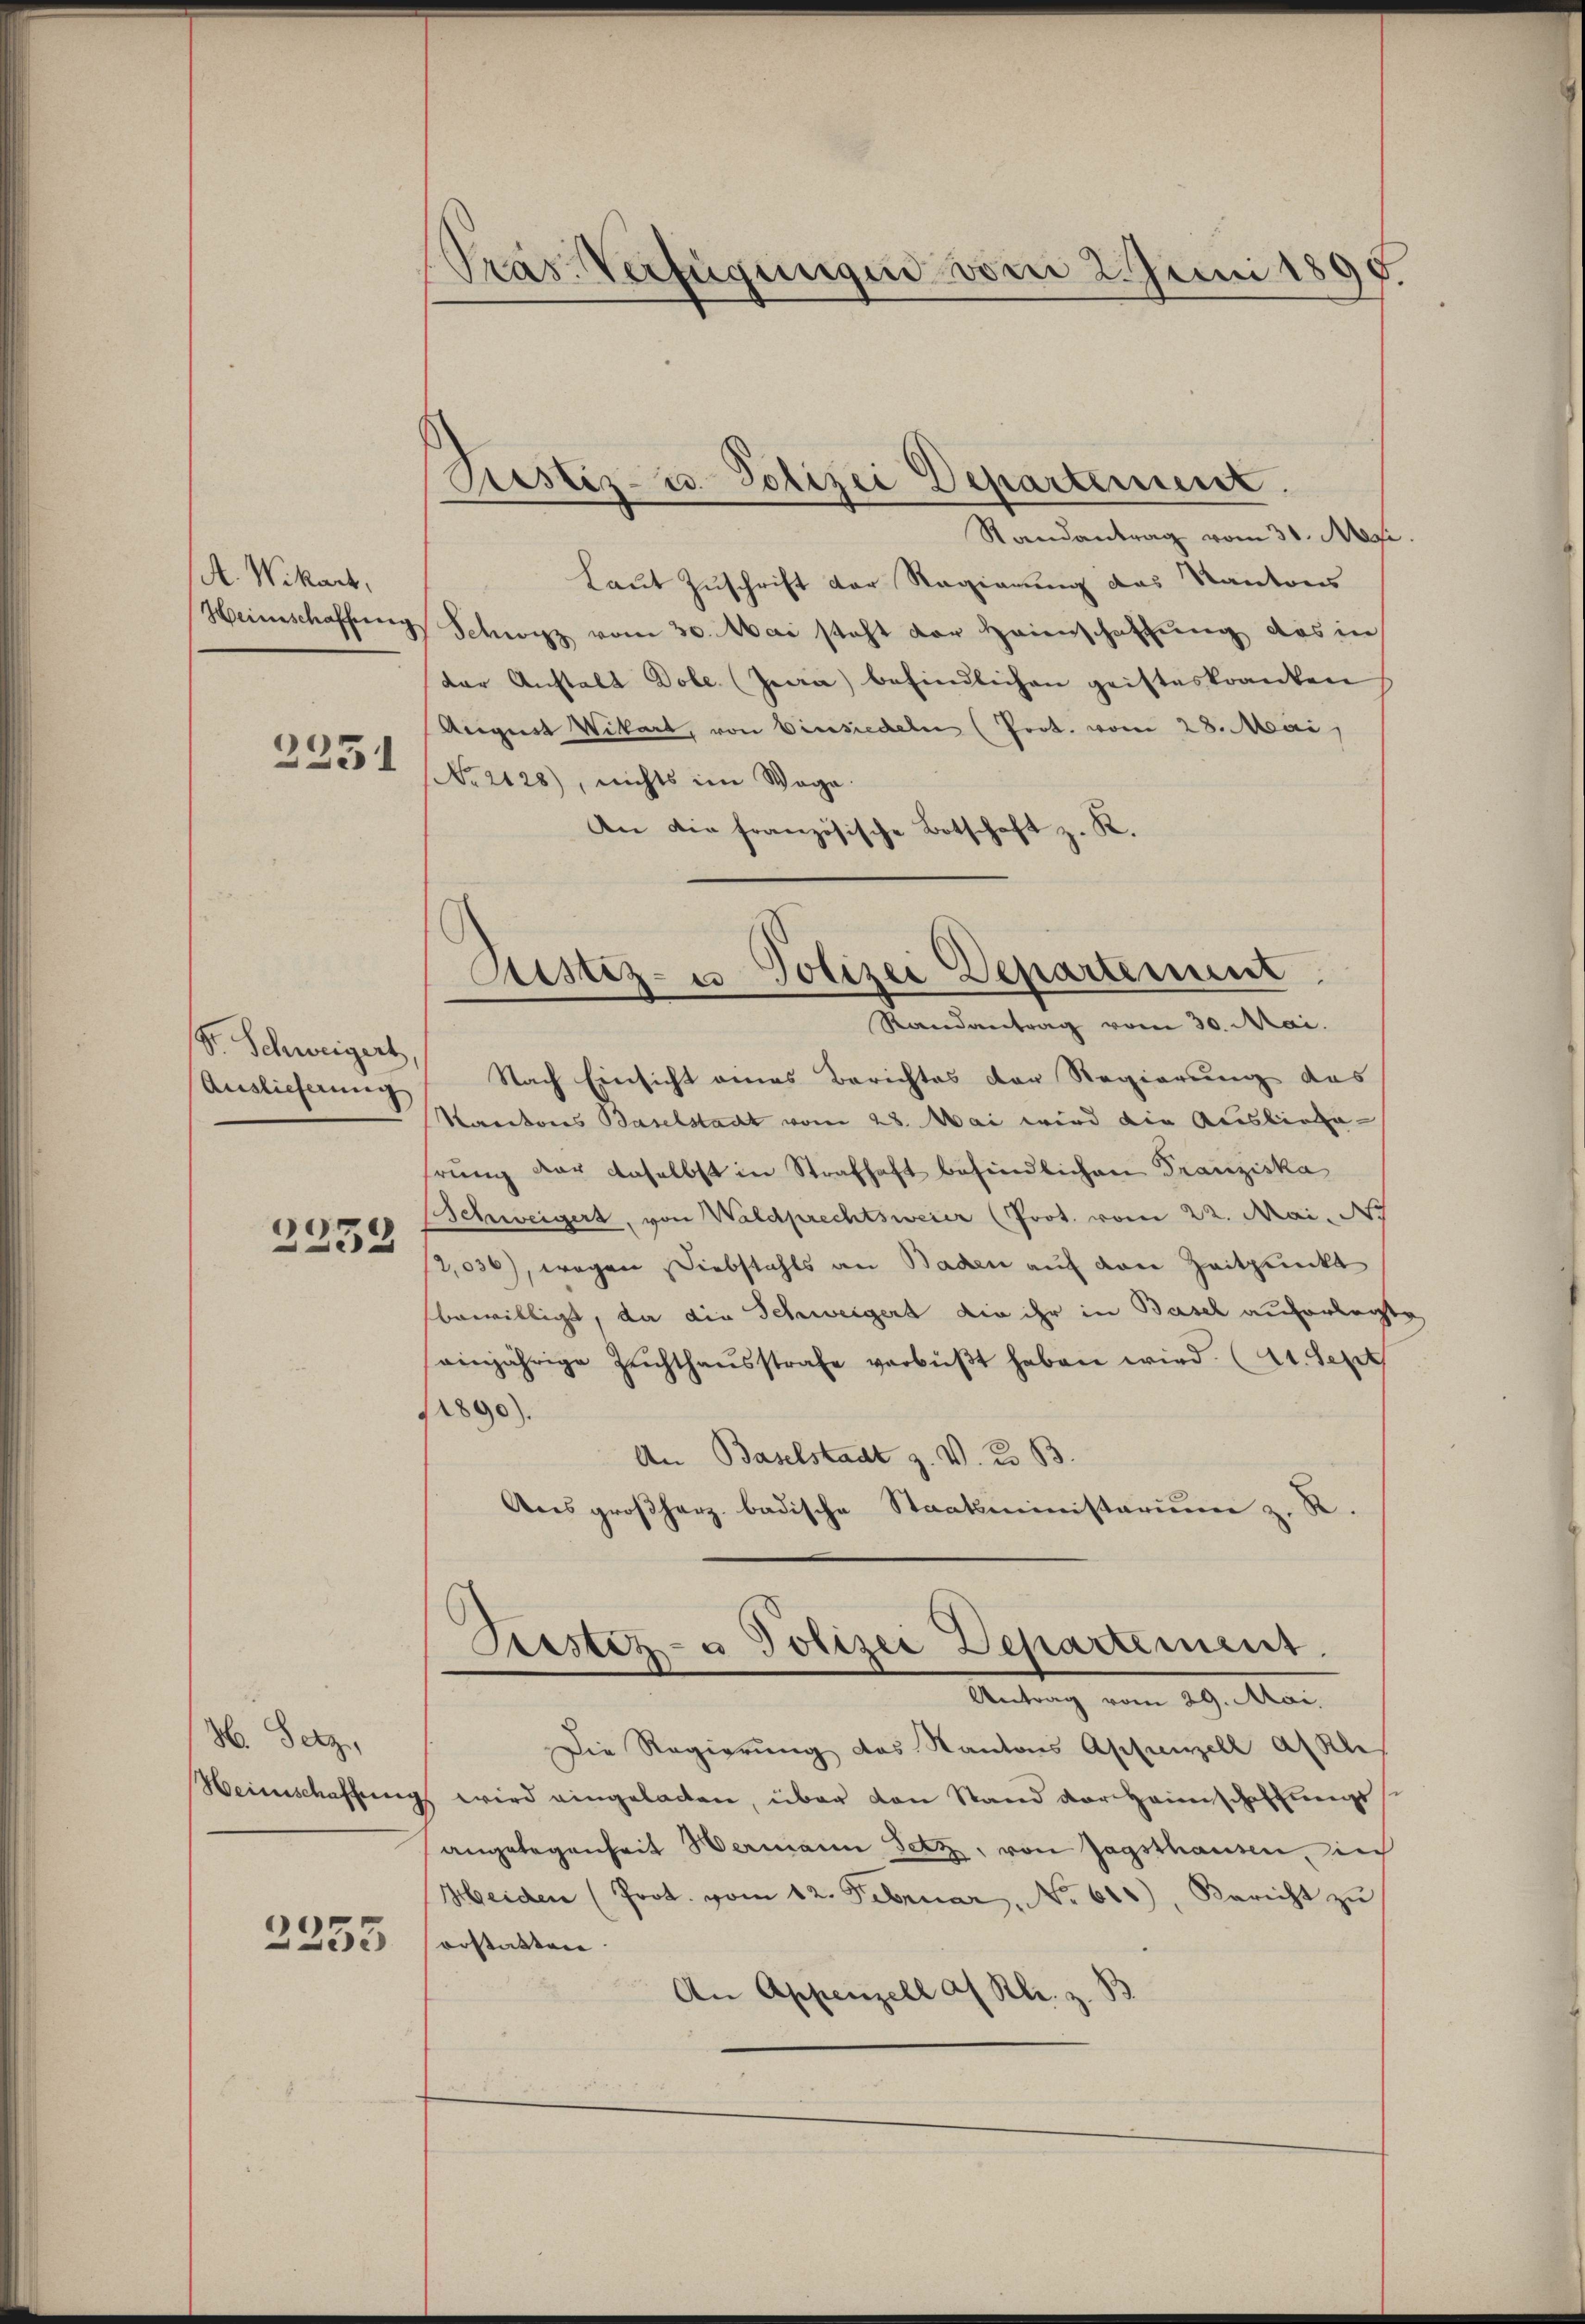
A. Wikart,

2231

S. Schweigert,
Auslieferung

2232

H Setz

2255

Pras Verfügungen vom 2. Juni 1895.

Prestiz- u. Polizei Departement.

Randantrag vom 31. Ms.
Laut Zuschrift der Regierung das Kantons
Heinschaffung Schwyz vom 30. Mai steht der Heinschaftung das in
der Anstalt Dole. (Jera) befindlichen geisteskranken
August Wikart, von Einsiedeln (Prot. vom 28. Mai,
No 2128), nichts im Wage.
An die französische Botschaft z. R.
Nach Einsicht eines Berichtes der Regierung des
Racatores Baselstadt vom 28. Mai wird die Ausliege
hrung der daselbst in Strafhaft befindlichen Franziska
Schweigert, von Waldprechtsweier (Prot. vom 22. Mai. Ic
1,036), wegen Diebstahls an Baden auf den Zeitpunkt
bewilligt, da die Schweigert die ihr in Basel auferlegte,
einjährige Zŭchthaŭsstrafe verbüβt haben wird (lt. Sept
11890).
An Baselstadt z. V. K. B.
Ans großherz badische Staatsministarium z. R.
Teister- u Polizei Departement.
d
Antrag vom 29. Man
Die Regierung des Kantons Appenzell alsch
Heimschaffung wird eingeladen, über den Stand der Heimschaffungs
angelegenheit Wermann setz, von sagsthausen, in
Heiden (Prot. vom 12. Februar No. 618). Bericht zŭ
orstatten
An Appenzell af Rl. z. B.

Justiz- u Polizei Departement
Randantrag vom 30. Mai.